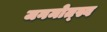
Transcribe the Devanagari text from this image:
जनमोत्स्व